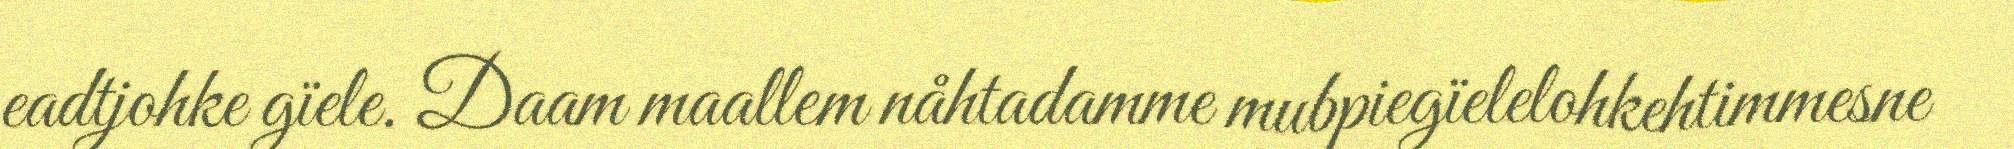
eadtjohke gïele. Daam maallem nåhtadamme mubpiegïelelohkehtimmesne